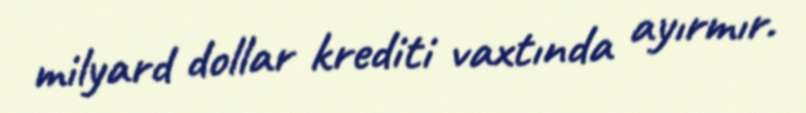
milyard dollar krediti vaxtında ayırmır.